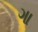
ગા